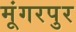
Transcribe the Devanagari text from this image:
मूंगरपुर